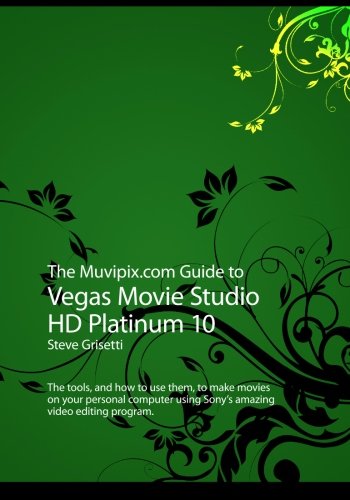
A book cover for The Muvipix.com Guide to Vegas Movie Studio HD Platinum 10; Steve Grisetti; Arts & Photography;